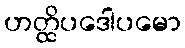
ဟတ္ထိပဒေါပမော